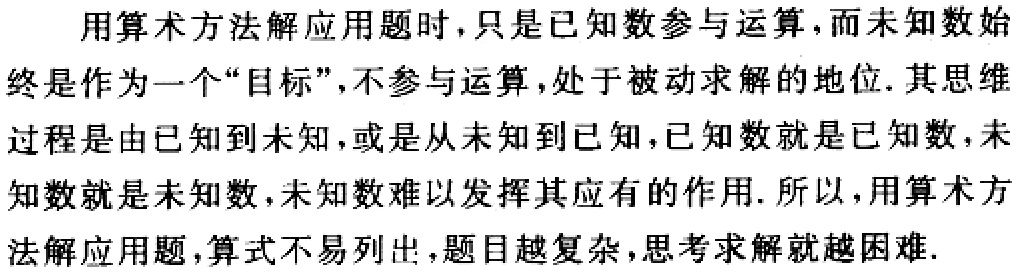
用算术方法解应用题时，只是已知数参与运算，而未知数始终是作为一个“目标”，不参与运算，处于被动求解的地位. 其思维过程是由已知到未知，或是从未知到已知，已知数就是已知数，未知数就是未知数，未知数难以发挥其应有的作用. 所以，用算术方法解应用题，算式不易列出，题目越复杂，思考求解就越困难.